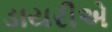
ડાયરીએ